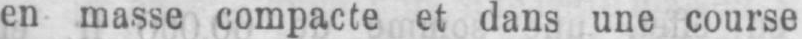
en masse compacte et dans une course